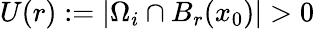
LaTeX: U(r):=|\Omega_{i}\cap B_{r}(x_{0})|>0